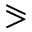
\eqslantgtr